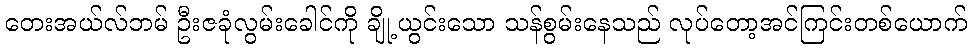
တေးအယ်လ်ဘမ် ဦးဇခုံလွမ်းခေါင်ကို ချို့ယွင်းသော သန်စွမ်းနေသည် လုပ်တော့အင်ကြင်းတစ်ယောက်